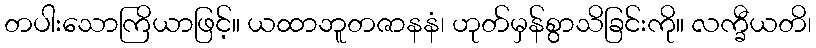
တပါးသောကြိယာဖြင့်။ ယထာဘူတဇာနနံ၊ ဟုတ်မှန်စွာသိခြင်းကို။ လက္ခီယတိ၊